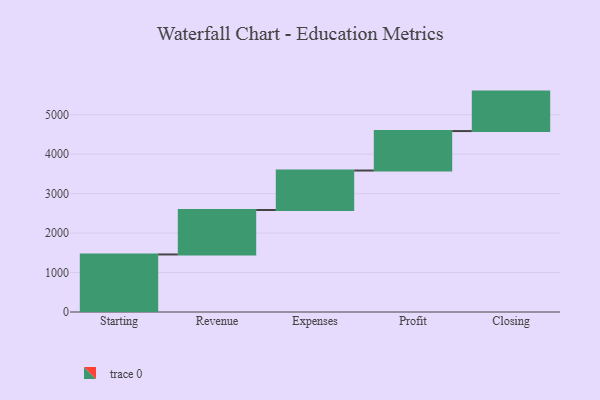
{"axis": {"x": "Step", "y": "Value"}, "legend": [""], "data": [{"x": "Starting", "y": 1458.0, "type": ""}, {"x": "Revenue", "y": 1127.0, "type": ""}, {"x": "Expenses", "y": 1000, "type": ""}, {"x": "Profit", "y": 1000, "type": ""}, {"x": "Closing", "y": 1000, "type": ""}]}